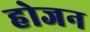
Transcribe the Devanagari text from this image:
होजन